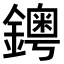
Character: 𨮁